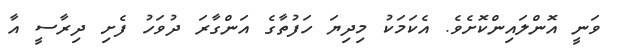
ވަނީ އޮންލައިންކޮށެވެ. އެކަމަކު މިދިޔަ ހަފުތާގެ އަންގާރަ ދުވަހު ފެށި ދިރާސީ އާ